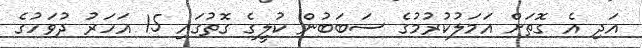
އަދި އެ ގޮތަށް އަމަލުކުރުމުގެ ސަބަބުން ކުލީގެ ގޮތުގައި 15 އަހަރު ދުވަހުގެ